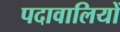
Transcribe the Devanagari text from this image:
पदावालियों